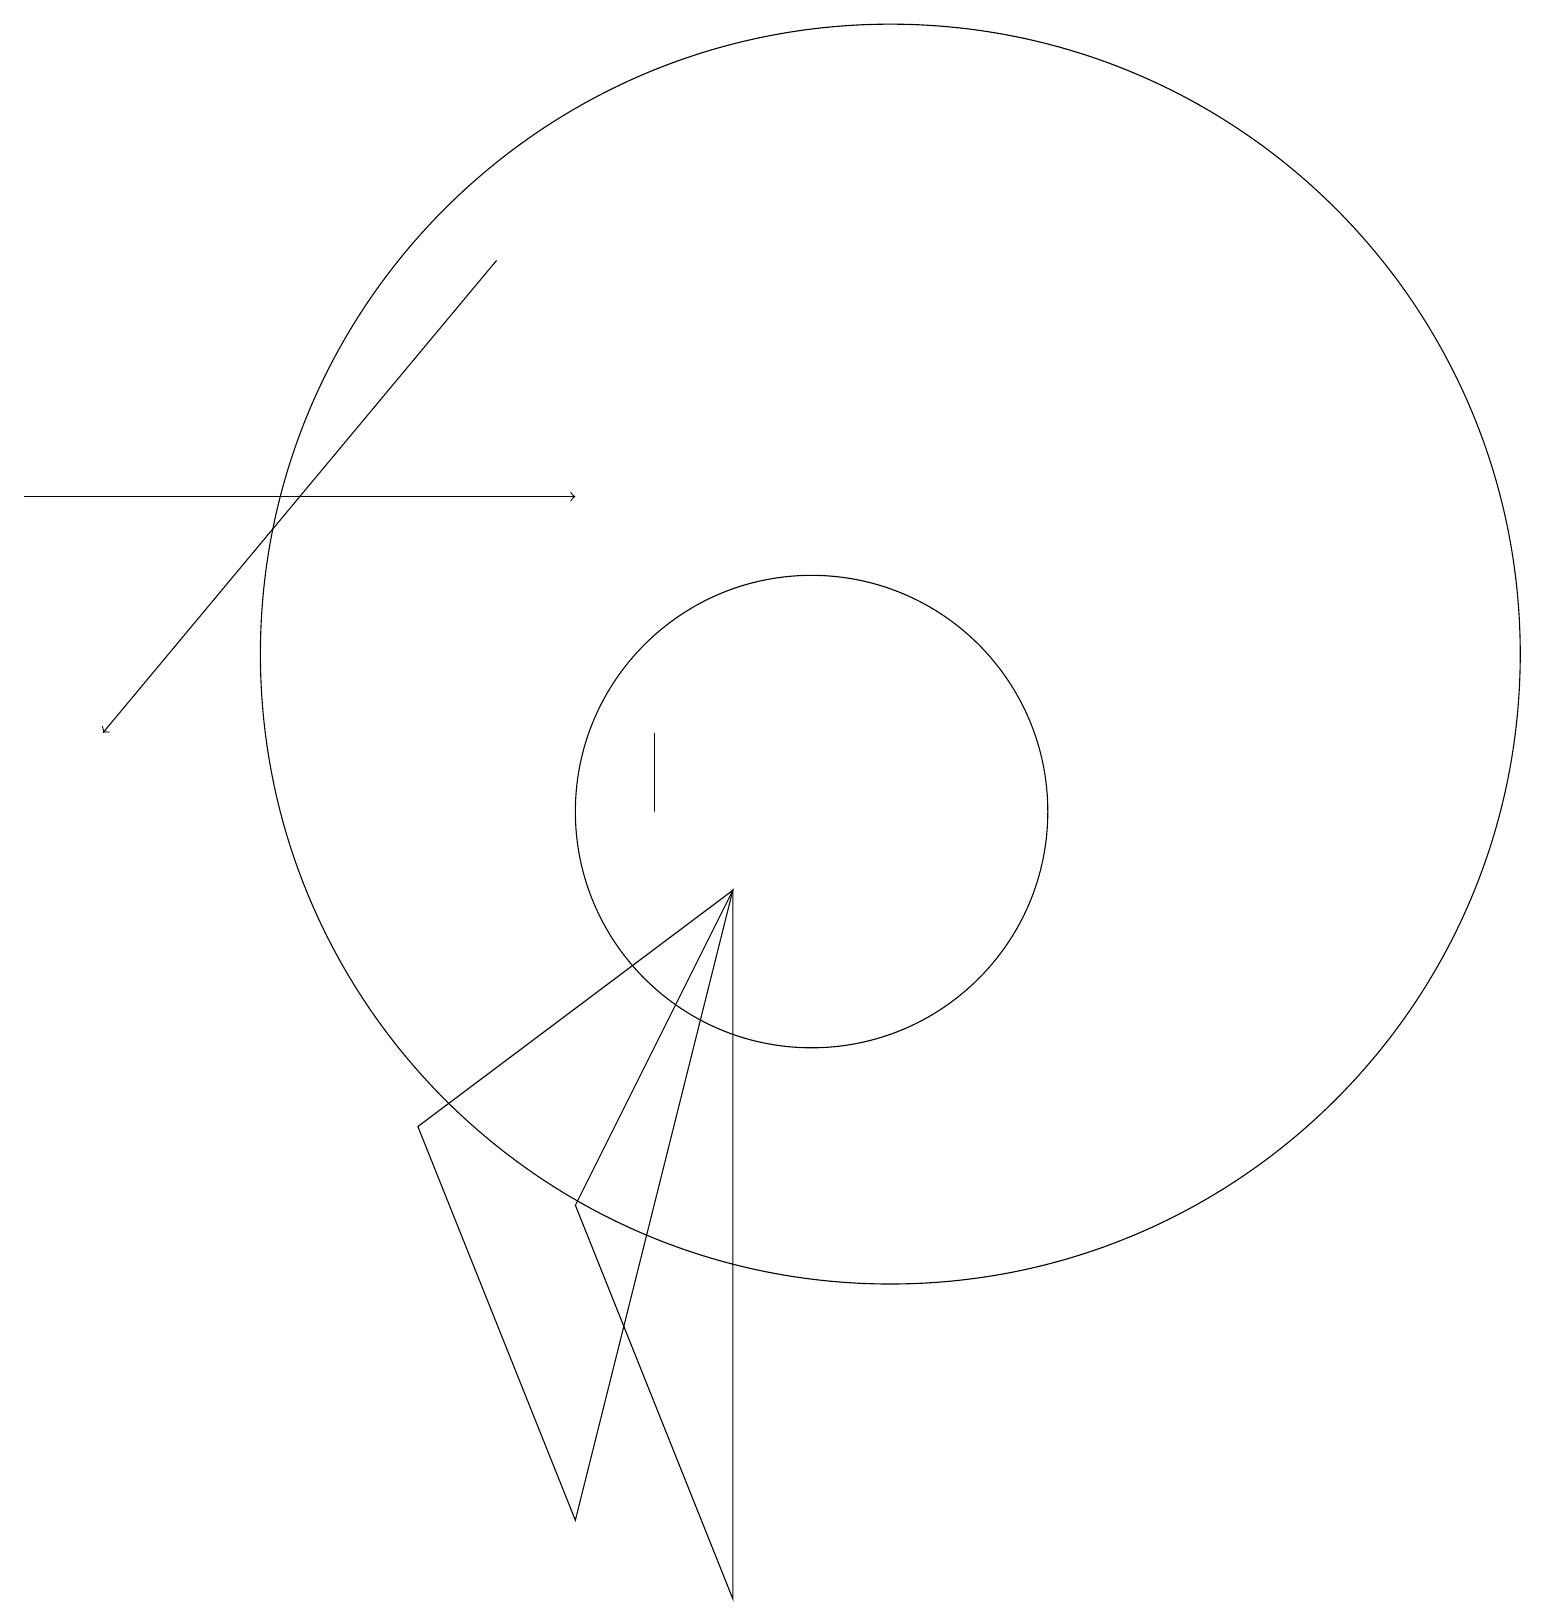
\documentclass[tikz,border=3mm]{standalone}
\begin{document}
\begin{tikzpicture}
\draw (7,5) -- (9,0) -- (9,9) -- cycle;
\draw[->] (0,14) -- (7,14);
\draw (5,6) -- (9,9) -- (7,1) -- cycle;
\draw (8,10) rectangle (8,11);
\draw (11,12) circle (8);
\draw (10,10) circle (3);
\draw[->] (6,17) -- (1,11);
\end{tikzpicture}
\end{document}